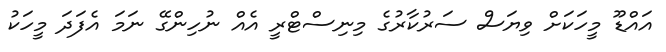
އައްޑޫ މީހަކަށް ވިޔަސް ސަރުކާރުގެ މިނިސްޓްރީ އެއް ނުހިންގޭ ނަމަ އެފަދަ މީހަކު